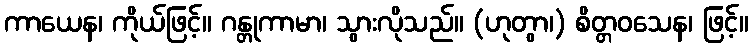
ကာယေန၊ ကိုယ်ဖြင့်။ ဂန္တုကာမာ၊ သွားလိုသည်။ (ဟုတွာ၊) စိတ္တဝသေန၊ ဖြင့်။